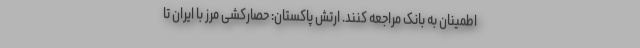
اطمینان به بانک مراجعه کنند. ارتش‌ پاکستان: حصارکشی مرز با ایران تا